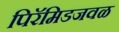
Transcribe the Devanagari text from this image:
पिरॅमिडजवळ